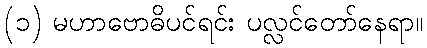
(၁) မဟာဗောဓိပင်ရင်း ပလ္လင်တော်နေရာ။